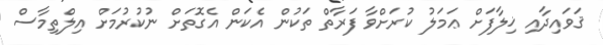
ޤަވައިދާއި ޚިލާފަށް ޢަމަލު ކުރަށްވާ ފަރާތް ތަކުން އެކަން އެގޮތަށް ނުކުރުމަށް އިލްތިމާސް